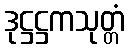
ဒုဋ္ဌဋ္ဌကသုတ္တံ